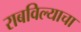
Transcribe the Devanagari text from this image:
राबविल्याचा